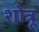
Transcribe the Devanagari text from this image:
शोत्रू